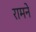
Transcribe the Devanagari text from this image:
रामने